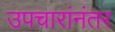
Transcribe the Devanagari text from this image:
उपचारांनंतर